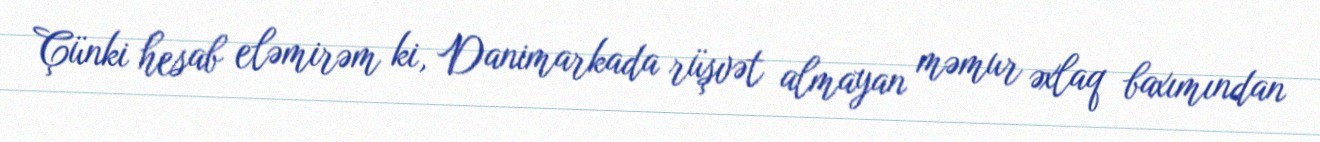
Çünki hesab eləmirəm ki, Danimarkada rüşvət almayan məmur əxlaq baxımından